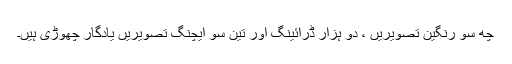
چھ سو رنگین تصویریں ، دو ہزار ڈرائینگ اور تین سو ایچنگ تصویریں یادگار چھوڑی ہیں۔